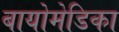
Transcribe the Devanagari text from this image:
बायोमेडिका